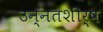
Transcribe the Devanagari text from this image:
उन्नतशीर्ष